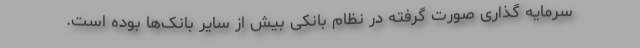
سرمایه گذاری صورت گرفته در نظام بانکی بیش از سایر بانک‌ها بوده است.